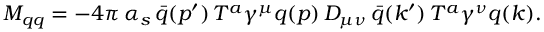
{ \cal M } _ { q q } = - 4 \pi \, \alpha _ { s } \, { \bar { q } } ( p ^ { \prime } ) \, T ^ { a } \gamma ^ { \mu } q ( p ) \, D _ { \mu \nu } \, { \bar { q } } ( k ^ { \prime } ) \, T ^ { a } \gamma ^ { \nu } q ( k ) .